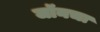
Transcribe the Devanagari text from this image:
जॉनचा